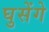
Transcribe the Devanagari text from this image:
घुसेंगे